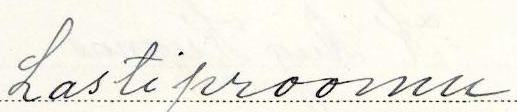
Lastiproomu